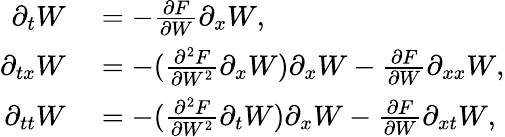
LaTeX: \begin{array}{rl}{\partial_{t}W}&{{}=-\frac{\partial F}{\partial W}\partial_{x}W,}\\ {\partial_{tx}W}&{{}=-(\frac{\partial^{2}F}{\partial W^{2}}\partial_{x}W)\partial_{x}W-\frac{\partial F}{\partial W}\partial_{xx}W,}\\ {\partial_{tt}W}&{{}=-(\frac{\partial^{2}F}{\partial W^{2}}\partial_{t}W)\partial_{x}W-\frac{\partial F}{\partial W}\partial_{xt}W,}\end{array}